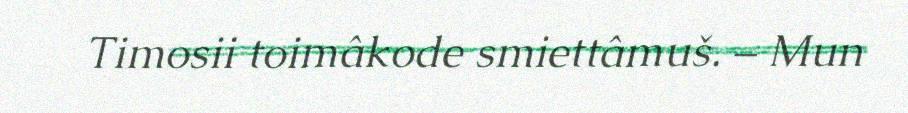
Timosii toimâkode smiettâmuš. – Mun